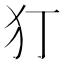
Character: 𭷸